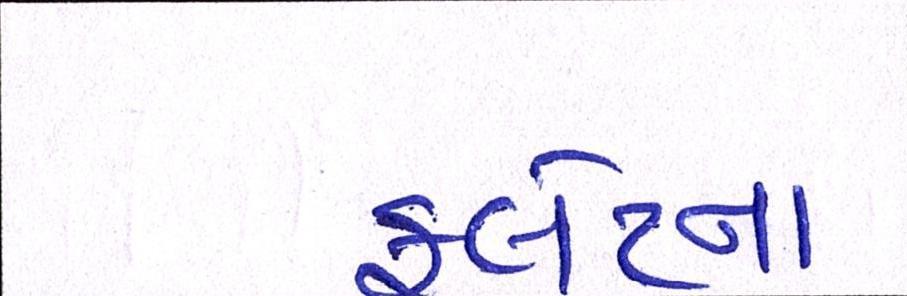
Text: ફ્લેટના